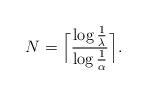
LaTeX: \begin{align*}N =\Big\lceil\frac{\log\frac{1}{\lambda}}{\log\frac{1}{\alpha}}\Big\rceil.\end{align*}